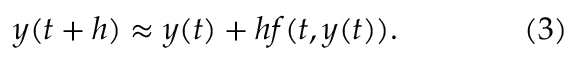
y ( t + h ) \approx y ( t ) + h f ( t , y ( t ) ) . \qquad \qquad ( 3 )